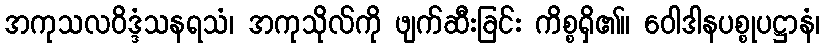
အကုသလဝိဒ္ဒံသနရသံ၊ အကုသိုလ်ကို ဖျက်ဆီးခြင်း ကိစ္စရှိ၏။ ဝေါဒါနပစ္စုပဋ္ဌာနံ၊